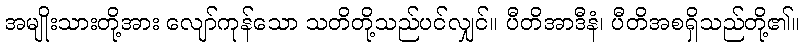
အမျိုးသားတို့အား လျော်ကုန်သော သတိတို့သည်ပင်လျှင်။ ပီတိအာဒီနံ၊ ပီတိအစရှိသည်တို့၏။